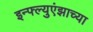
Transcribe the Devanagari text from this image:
इन्फ्ल्युएंझाच्या